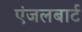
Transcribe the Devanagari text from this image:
एंजलबार्ट